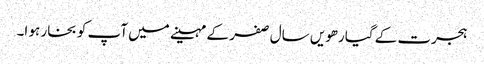
ہجرت کے گیارھویں سال صفر کے مہینے میں آپ کو بخار ہو ا۔